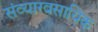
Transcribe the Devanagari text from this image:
संव्यारवसायिक